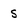
Character: s